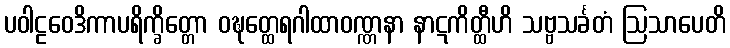
ပဝါဠဝေဒိကာပရိက္ခိတ္တော ဝဍ္ဎတ္ထေရဂါထာဝဏ္ဏနာ နာဋကိတ္ထီဟိ သဗ္ဗသင်္ခတံ ဩသာပေတိ